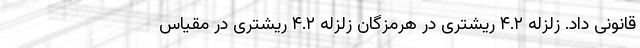
قانونی داد. زلزله‌ ۴.۲ ریشتری در هرمزگان زلزله ۴.۲ ریشتری در مقیاس